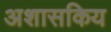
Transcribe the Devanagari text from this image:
अशासकिय